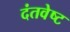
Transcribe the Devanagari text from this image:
दंतवेष्ट